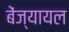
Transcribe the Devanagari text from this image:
बेंज्यायल